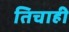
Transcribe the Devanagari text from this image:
तिचाही